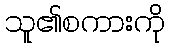
သူ၏စကားကို